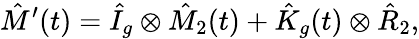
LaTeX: \hat{M}^{\prime}(t)=\hat{I}_{g}\otimes\hat{M}_{2}(t)+\hat{K}_{g}(t)\otimes\hat{R}_{2},